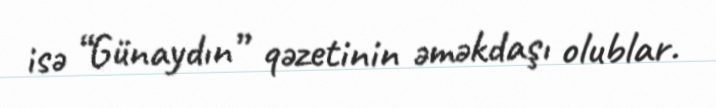
isə “Günaydın” qəzetinin əməkdaşı olublar.